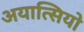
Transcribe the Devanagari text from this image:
अयात्सियो